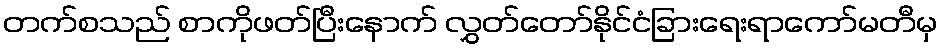
တက်စသည် စာကိုဖတ်ပြီးနောက် လွှတ်တော်နိုင်ငံခြားရေးရာကော်မတီမှ